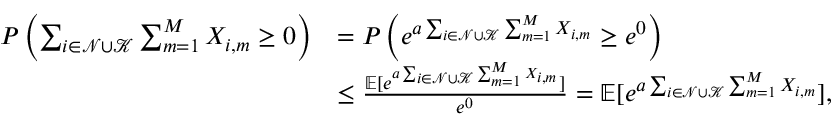
\begin{array} { r l } { P \left( \sum _ { i \in \mathcal { N } \cup \mathcal { K } } \sum _ { m = 1 } ^ { M } X _ { i , m } \geq 0 \right) } & { = P \left( e ^ { a \sum _ { i \in \mathcal { N } \cup \mathcal { K } } \sum _ { m = 1 } ^ { M } X _ { i , m } } \geq e ^ { 0 } \right) } \\ & { \leq \frac { \mathbb { E } [ e ^ { a \sum _ { i \in \mathcal { N } \cup \mathcal { K } } \sum _ { m = 1 } ^ { M } X _ { i , m } } ] } { e ^ { 0 } } = \mathbb { E } [ e ^ { a \sum _ { i \in \mathcal { N } \cup \mathcal { K } } \sum _ { m = 1 } ^ { M } X _ { i , m } } ] , } \end{array}